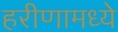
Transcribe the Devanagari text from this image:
हरीणामध्ये